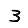
Digit: 3